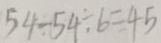
5 4 \div 5 4 \div 6 = 4 5